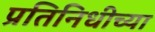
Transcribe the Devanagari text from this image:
प्रतिनिधीच्या